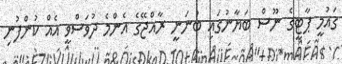
ގައުމީ ޕާޓީގެ ނޫސް ބަޔާނުގައި ބުނަނީ ރާއްޖޭގެ އެންމެ ދުވަސްވީ އެއް ކުންފުނި